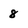
Character: 8